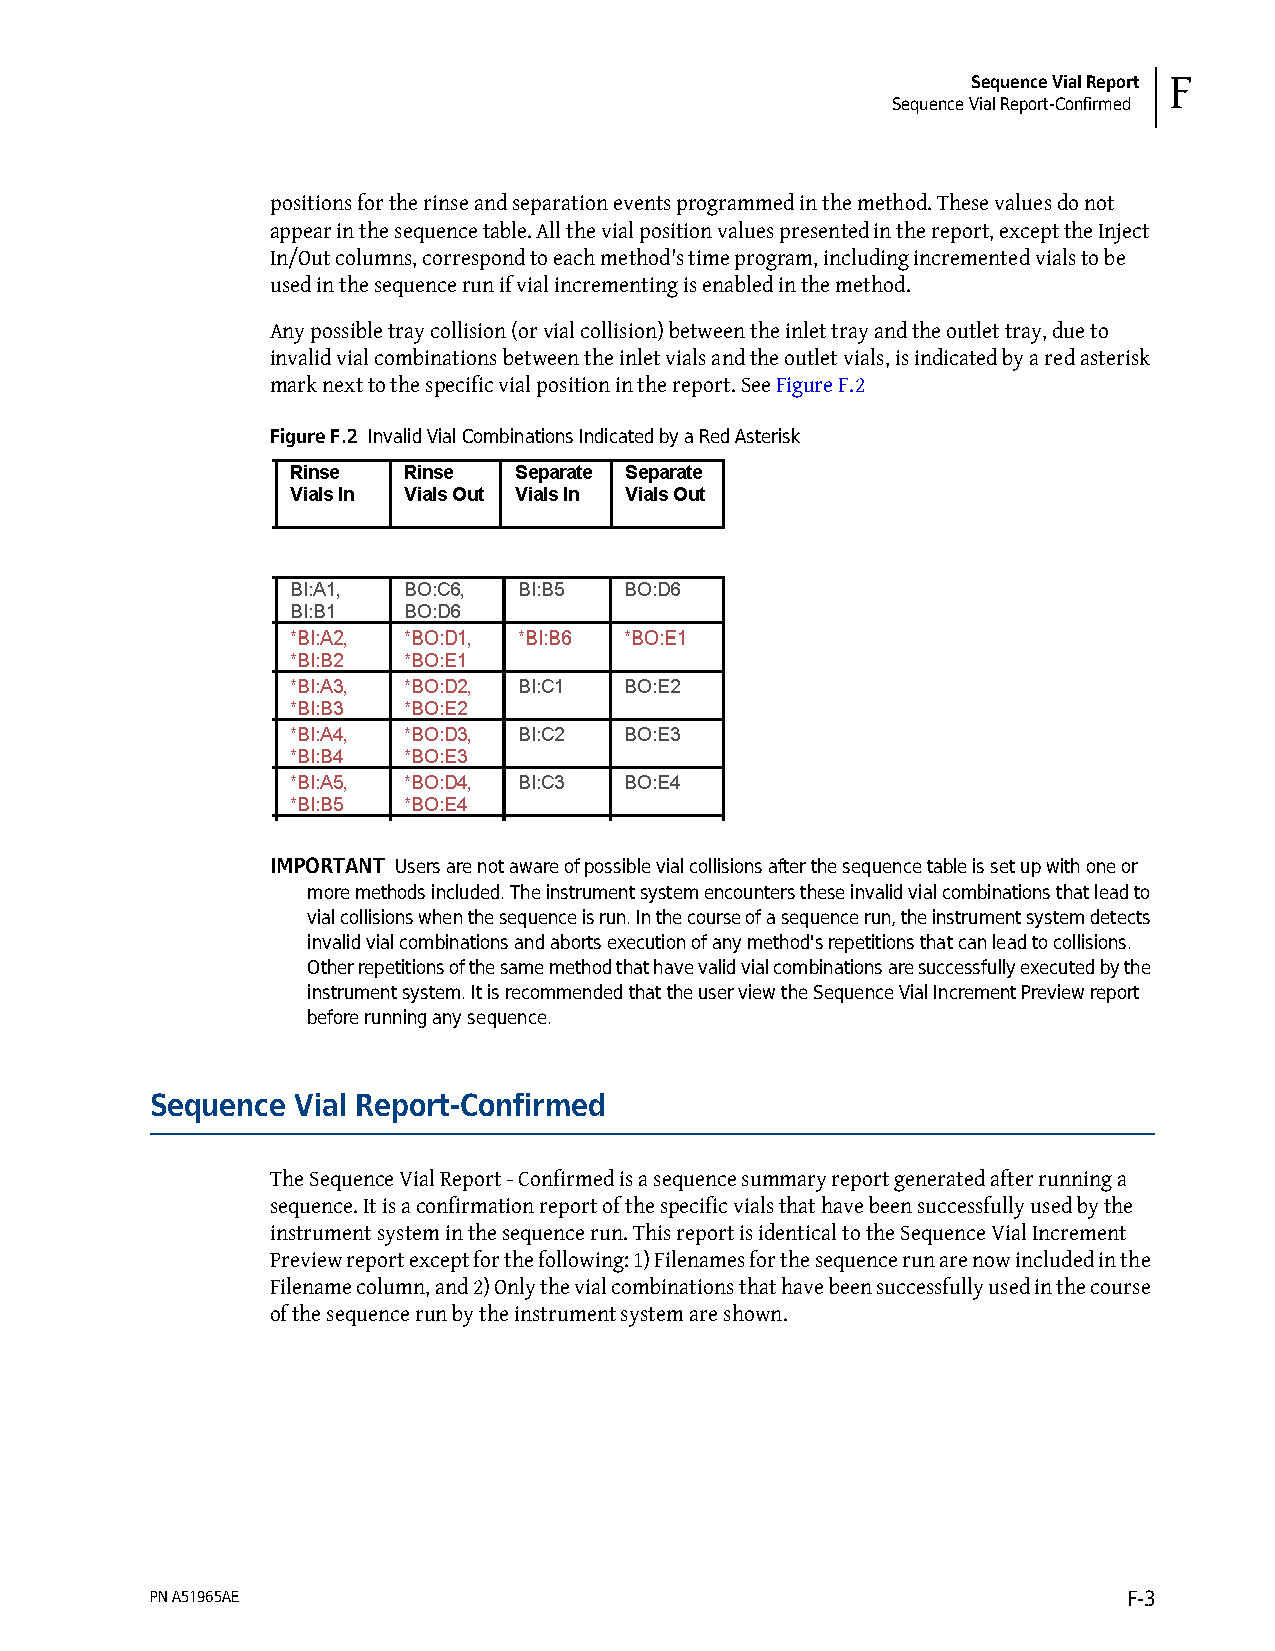
Sequence Vial Report F
 Sequence Vial Report-Confirmed
 positions for the rinse and separation events programmed in the method. These values do not
 appear in the sequence table. All the vial position values presented in the report, except the Inject
 In/Out columns, correspond to each method's time program, including incremented vials to be
 used in the sequence run if vial incrementing is enabled in the method.
 Any possible tray collision (or vial collision) between the inlet tray and the outlet tray, due to
 invalid vial combinations between the inlet vials and the outlet vials, is indicated by a red asterisk
 mark next to the specific vial position in the report. See Figure F.2
 Figure F.2 Invalid Vial Combinations Indicated by a Red Asterisk
 IMPORTANT Users are not aware of possible vial collisions after the sequence table is set up with one or
 more methods included. The instrument system encounters these invalid vial combinations that lead to
 vial collisions when the sequence is run. In the course of a sequence run, the instrument system detects
 invalid vial combinations and aborts execution of any method's repetitions that can lead to collisions.
 Other repetitions of the same method that have valid vial combinations are successfully executed by the
 instrument system. It is recommended that the user view the Sequence Vial Increment Preview report
 before running any sequence.
 Sequence Vial Report-Confirmed
 The Sequence Vial Report - Confirmed is a sequence summary report generated after running a
 sequence. It is a confirmation report of the specific vials that have been successfully used by the
 instrument system in the sequence run. This report is identical to the Sequence Vial Increment
 Preview report except for the following: 1) Filenames for the sequence run are now included in the
 Filename column, and 2) Only the vial combinations that have been successfully used in the course
 of the sequence run by the instrument system are shown.
 PN A51965AE                                                      F-3